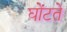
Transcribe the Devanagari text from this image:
घोंटते